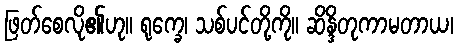
ဖြတ်စေလို၏ဟု။ ရုက္ခေ၊ သစ်ပင်တို့ကို။ ဆိန္ဒိတုကာမတာယ၊